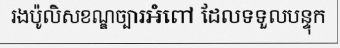
រងប៉ូលិសខណ្ឌច្បារអំពៅ ដែលទទួលបន្ទុក